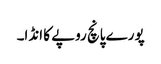
پورے پانچ روپے کا انڈا۔